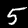
Digit: 5